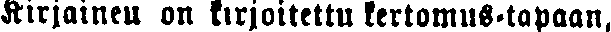
Kirjainen on kirjoitettu kertomus-tapaan,